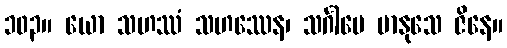
၁၀၃။ ယော သဟဿံ သဟဿေန၊ သင်္ဂါမေ မာနုသေ ဇိနေ။